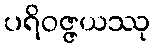
ပရိဝဇ္ဇယဿု